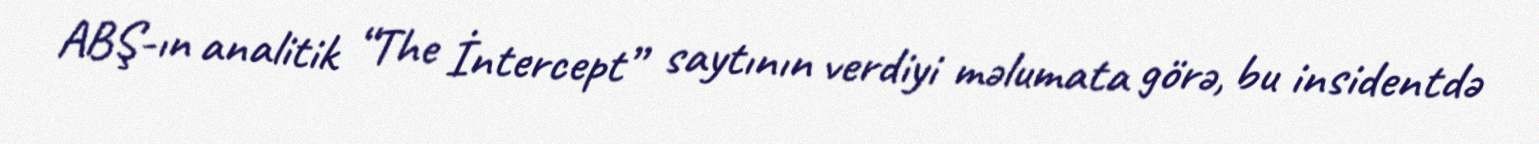
ABŞ-ın analitik “The İntercept” saytının verdiyi məlumata görə, bu insidentdə